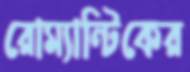
রোম্যান্টিকের